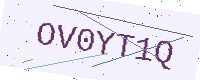
Text: OV0YT1Q